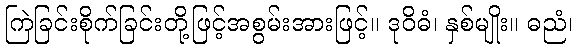
ကြဲခြင်းစိုက်ခြင်းတို့ဖြင့်အစွမ်းအားဖြင့်။ ဒုဝိဓံ၊ နှစ်မျိုး။ ဓညံ၊